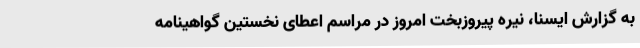
به گزارش ایسنا، نیره پیروزبخت امروز در مراسم اعطای نخستین گواهینامه